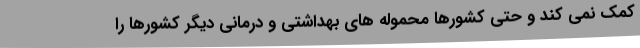
کمک نمی کند و حتی کشورها محموله های بهداشتی و درمانی دیگر کشورها را